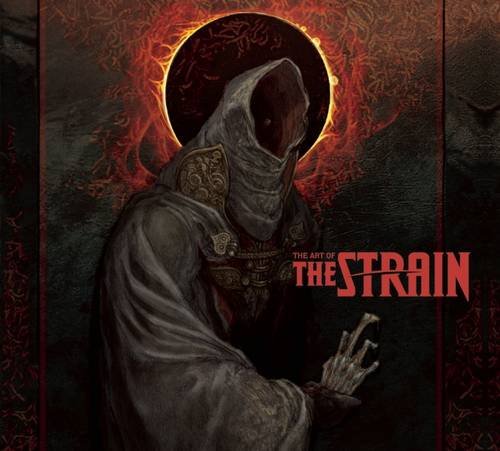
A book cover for The Art of The Strain; Robert Abele; Humor & Entertainment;